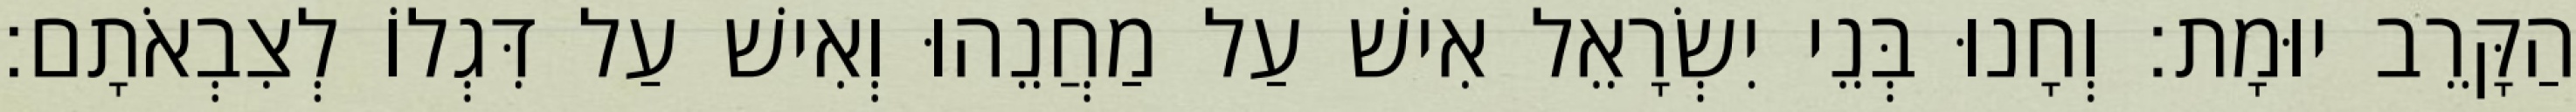
הַקָּרֵב יוּמָת׃ וְחָנוּ בְּנֵי יִשְׂרָאֵל אִישׁ עַל מַחֲנֵהוּ וְאִישׁ עַל דִּגְלוֹ לְצִבְאֹתָם׃